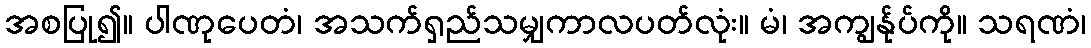
အစပြု၍။ ပါဏုပေတံ၊ အသက်ရှည်သမျှကာလပတ်လုံး။ မံ၊ အကျွန်ုပ်ကို။ သရဏံ၊